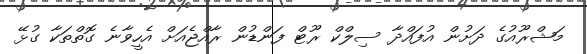
މަޝްރޫއުގެ ދަށުން އުފައްދާ ސިލްކް ރޫޓް ފަންޑުން ރާއްޖެއަށް އެހީވާނެ ގޮތްތަކާ ގުޅޭ